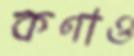
কণাও